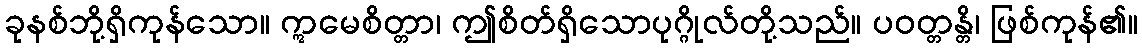
ခုနစ်ဘို့ရှိကုန်သော။ ဣမေစိတ္တာ၊ ဤစိတ်ရှိသောပုဂ္ဂိုလ်တို့သည်။ ပဝတ္တန္တိ၊ ဖြစ်ကုန်၏။